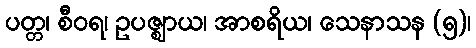
ပတ္တ၊ စီဝရ၊ ဥပဇ္ဈာယ၊ အာစရိယ၊ သေနာသန (၅)၊